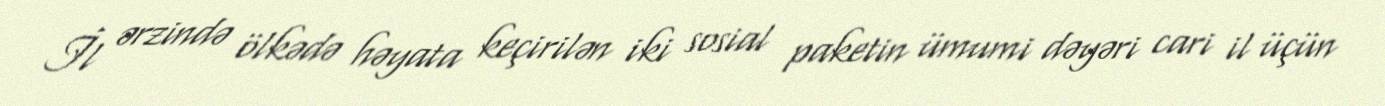
İl ərzində ölkədə həyata keçirilən iki sosial paketin ümumi dəyəri cari il üçün